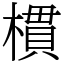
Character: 樌